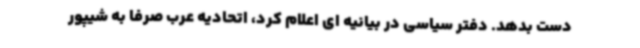
دست بدهد. دفتر سیاسی در بیانیه ای اعلام کرد، اتحادیه عرب صرفا به شیپور